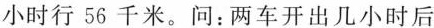
小时行 56 千米。问：两车开出几小时后